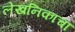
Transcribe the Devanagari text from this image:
लेखनिकाचा